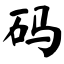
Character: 码